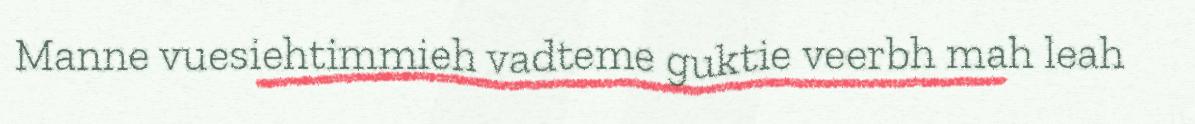
Manne vuesiehtimmieh vadteme guktie veerbh mah leah